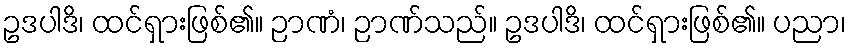
ဥဒပါဒိ၊ ထင်ရှားဖြစ်၏။ ဉာဏံ၊ ဉာဏ်သည်။ ဥဒပါဒိ၊ ထင်ရှားဖြစ်၏။ ပညာ၊